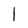
Character: I